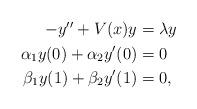
LaTeX: \begin{align*} \begin{aligned}-y'' + V(x) y &= \lambda y \\\alpha_1 y(0) + \alpha_2 y'(0) &= 0 \\\beta_1 y(1) + \beta_2 y'(1) &= 0,\end{aligned}\end{align*}